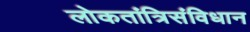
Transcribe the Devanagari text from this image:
लोकतांत्रिसंविधान